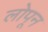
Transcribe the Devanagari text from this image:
लोपून